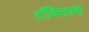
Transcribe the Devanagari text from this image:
टॉक्सिक्स